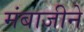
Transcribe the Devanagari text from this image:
मंबाजीने